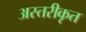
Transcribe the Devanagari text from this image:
अस्तरीकृत